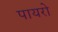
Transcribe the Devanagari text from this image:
पायरो